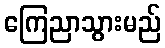
ကြေညာသွားမည်